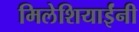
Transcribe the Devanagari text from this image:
मिलेशियाईंनी